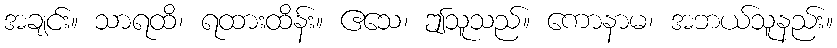
အချင်း။ သာရထိ၊ ရထားထိန်း။ ဧသေ၊ ဤသူသည်။ ကောနာမ၊ အဘယ်သူနည်း။